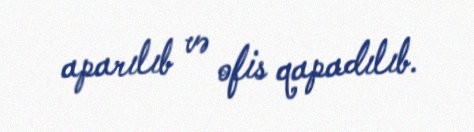
aparılıb və ofis qapadılıb.